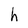
Character: h